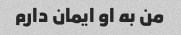
من به او ایمان دارم